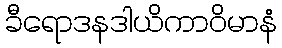
ခီရောဒနဒါယိကာဝိမာနံ